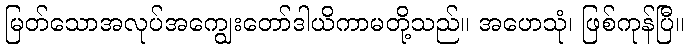
မြတ်သောအလုပ်အကျွေးတော်ဒါယိကာမတို့သည်။ အဟေသုံ၊ ဖြစ်ကုန်ပြီ။